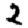
Digit: 2